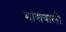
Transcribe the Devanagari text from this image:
मांसवाली